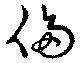
侈